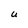
Character: U